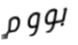
بووم